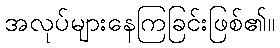
အလုပ်များနေကြခြင်းဖြစ်၏။